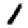
Digit: 1